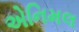
એનિમલ